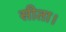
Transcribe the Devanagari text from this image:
सीता।